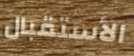
الأستقبال